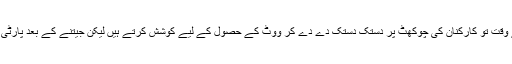
دہرے معیارات کا عالم یہ ہے کہ ووٹ مانگتے وقت تو کارکنان کی چوکھٹ پر دستک دستک دے دے کر ووٹ کے حصول کے لیے کوشش کرتے ہیں لیکن جیتنے کے بعد پارٹی لیڈرکارکنان کو جاننے سے منکر ہو جاتے ہیں۔